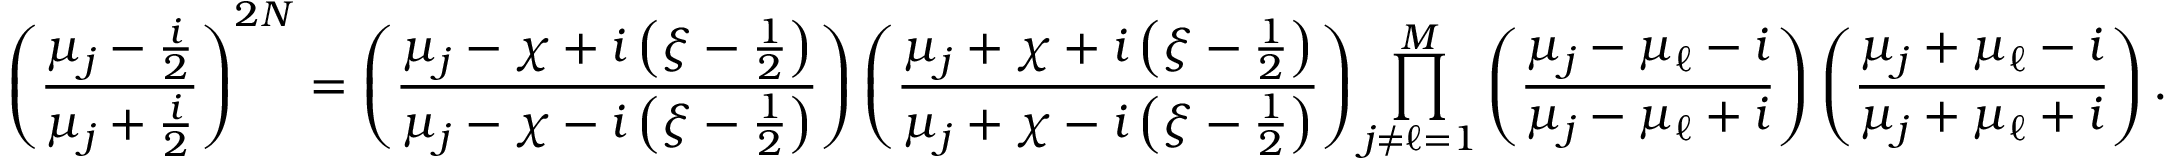
\left( \frac { \mu _ { j } - \frac { i } { 2 } } { \mu _ { j } + \frac { i } { 2 } } \right) ^ { 2 N } = \left( \frac { \mu _ { j } - \chi + i \left( \xi - \frac { 1 } { 2 } \right) } { \mu _ { j } - \chi - i \left( \xi - \frac { 1 } { 2 } \right) } \right) \left( \frac { \mu _ { j } + \chi + i \left( \xi - \frac { 1 } { 2 } \right) } { \mu _ { j } + \chi - i \left( \xi - \frac { 1 } { 2 } \right) } \right) \prod _ { j \neq \ell = 1 } ^ { M } \left( \frac { \mu _ { j } - \mu _ { \ell } - i } { \mu _ { j } - \mu _ { \ell } + i } \right) \left( \frac { \mu _ { j } + \mu _ { \ell } - i } { \mu _ { j } + \mu _ { \ell } + i } \right) .